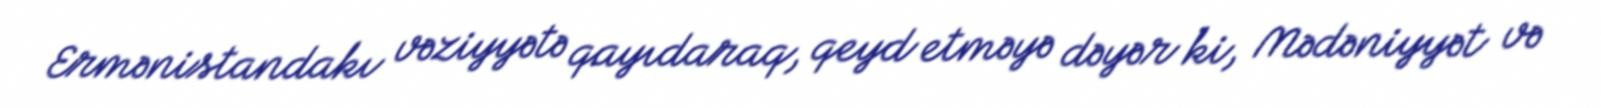
Ermənistandakı vəziyyətə qayıdaraq, qeyd etməyə dəyər ki, Mədəniyyət və